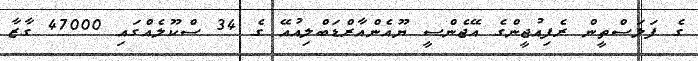
ގެ ފަލަސްތީން ރެފިއުޖީންގެ އޭޖެންސީ ޔޫއެންއާރްޑަބްލިއުއޭ ގެ 34 ސްކޫލެއްގައި 47000 ގާޒާ